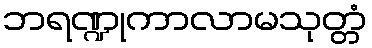
ဘရဏ္ဍုကာလာမသုတ္တံ